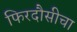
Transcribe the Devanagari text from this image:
फिरदौसीचा